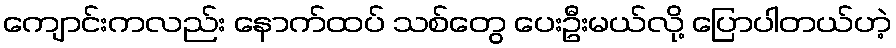
ကျောင်းကလည်း နောက်ထပ် သစ်တွေ ပေးဦးမယ်လို့ ပြောပါတယ်ဟဲ့